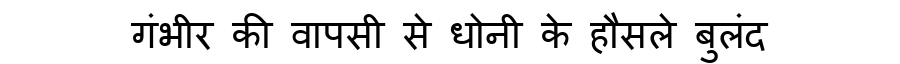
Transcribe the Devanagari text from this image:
गंभीर की वापसी से धोनी के हौसले बुलंद